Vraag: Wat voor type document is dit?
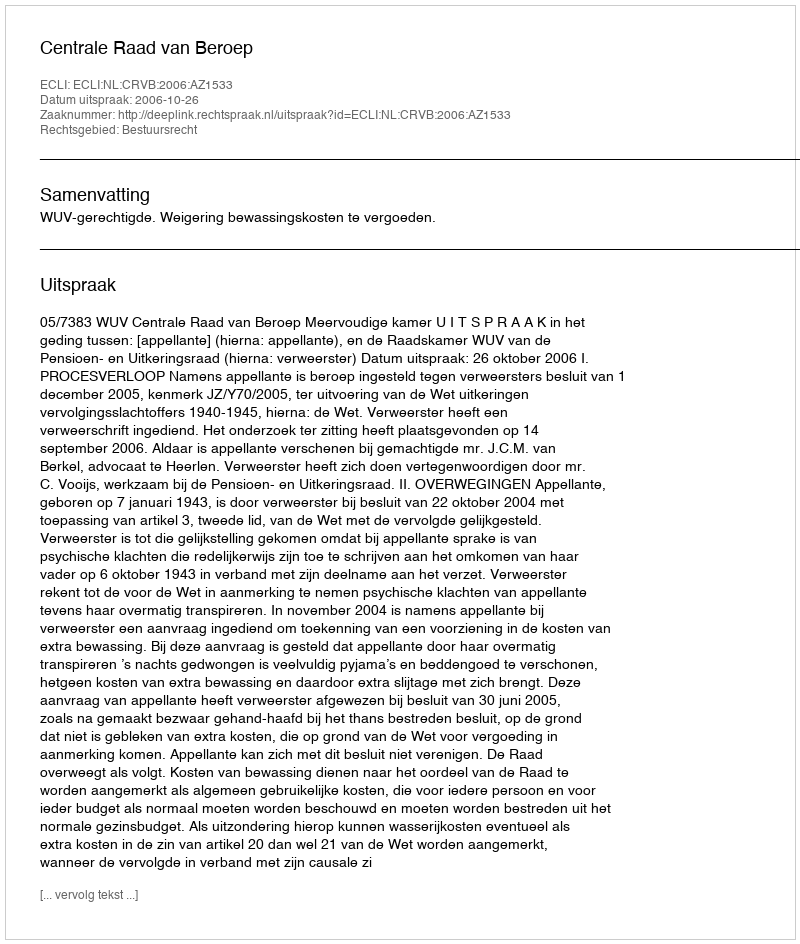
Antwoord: Uitspraak